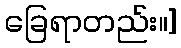
ခြေရာတည်း။]